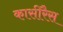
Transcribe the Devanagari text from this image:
कासीरैस